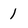
Character: 1